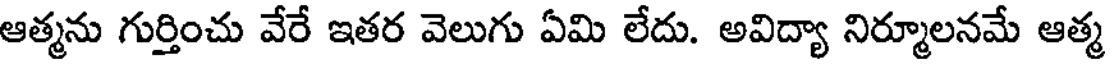
ఆత్మను గుర్తించు వేరే ఇతర వెలుగు ఏమి లేదు. అవిద్యా నిర్మూలనమే ఆత్మ